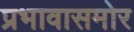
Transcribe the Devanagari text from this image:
प्रभावासमोर